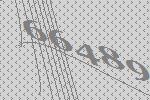
66489